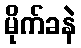
မိုက်ခနဲ